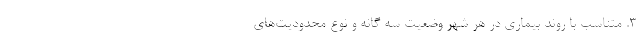
۳. متناسب با روند بیماری در هر شهر وضعیت سه گانه و نوع محدودیت‌های